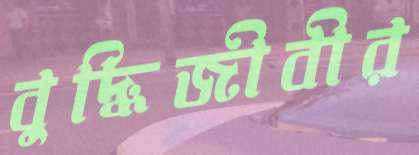
বুদ্ধিজীবীর